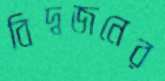
বিদ্বজনের